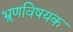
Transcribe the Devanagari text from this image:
भ्रूणविषयक